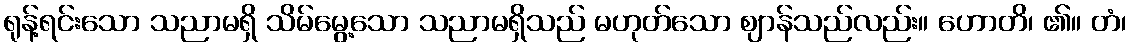
ရုန့်ရင်းသော သညာမရှိ သိမ်မွေ့သော သညာမရှိသည် မဟုတ်သော ဈာန်သည်လည်း။ ဟောတိ၊ ၏။ တံ၊